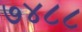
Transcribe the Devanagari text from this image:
७४८८